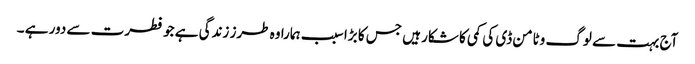
آج بہت سے لوگ وٹامن ڈی کی کمی کا شکار ہیں جس کا بڑا سبب ہمارا وہ طرز زندگی ہے جو فطرت سے دور ہے ۔